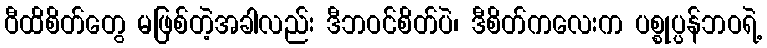
ဝီထိစိတ်တွေ မဖြစ်တဲ့အခါလည်း ဒီဘဝင်စိတ်ပဲ၊ ဒီစိတ်ကလေးက ပစ္စုပ္ပန်ဘဝရဲ့